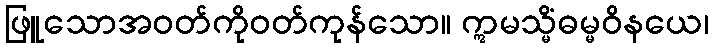
ဖြူသောအဝတ်ကိုဝတ်ကုန်သော။ ဣမသ္မိံဓမ္မဝိနယေ၊